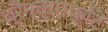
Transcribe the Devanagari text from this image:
ब्रैन्क्राफ्टि